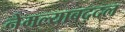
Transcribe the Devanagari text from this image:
नेमल्याबद्दल